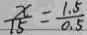
\frac { x } { 1 5 } = \frac { 1 . 5 } { 0 . 5 }